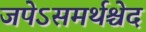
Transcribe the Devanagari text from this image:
जपेऽसमर्थश्चेद